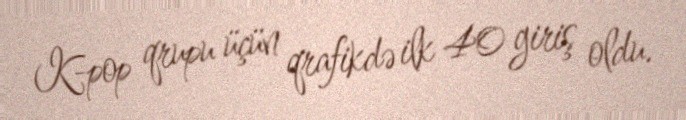
K-pop qrupu üçün qrafikdə ilk 40 giriş oldu.